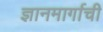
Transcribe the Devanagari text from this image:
ज्ञानमार्गाची